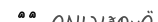
١٦